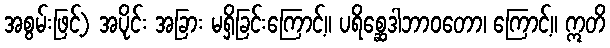
အစွမ်းဖြင့်) အပိုင်း အခြား မရှိခြင်းကြောင့်။ ပရိစ္ဆေဒါဘာဝတော၊ ကြောင့်။ ဣတိ